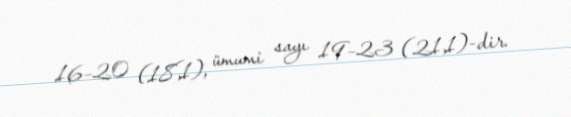
16–20 (18,1), ümumi sayı 19–23 (21,1)-dir.